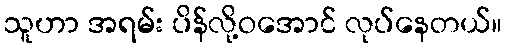
သူဟာ အရမ်း ပိန်လို့ဝအောင် လုပ်နေတယ်။